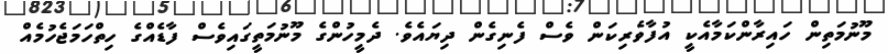
މޫނުމަތިން ހައިރާންކަމާއެކީ އުފާވެރިކަން ވެސް ފެނިގެން ދިޔައެވެ. ދެމީހުންގެ މޫނުމަތީގައިވެސް ފާޑެއްގެ ހިތްހަމަޖެހުމެއް